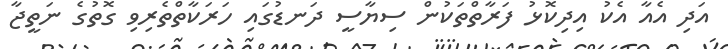
އަދި އެއާ އެކު އިދިކޮޅު ފަރާތްތަކުން ސިޔާސީ ދަނޑުގައި ހަރަކާތްތެރިވި ގޮތުގެ ނަތީޖާ